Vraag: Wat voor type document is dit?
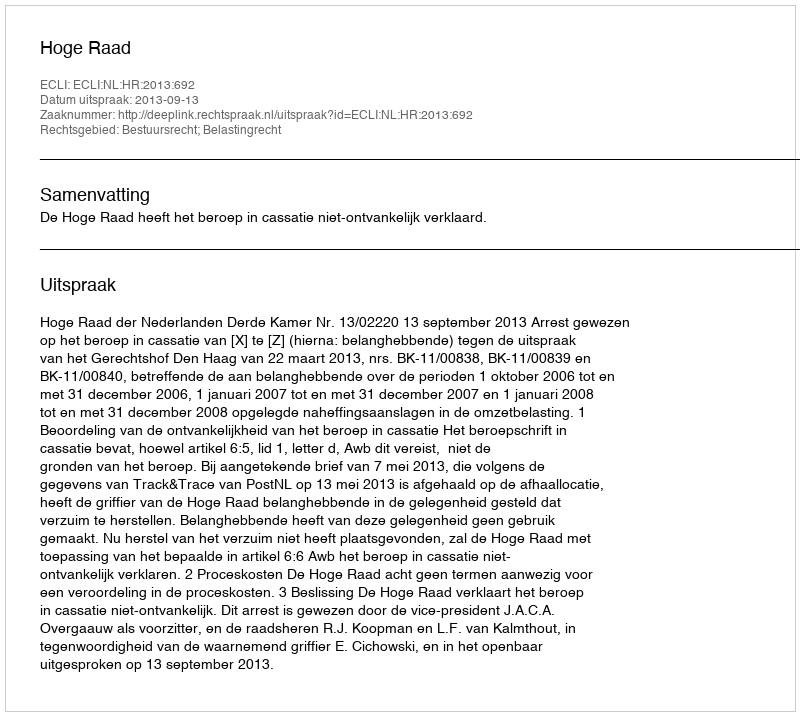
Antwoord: Uitspraak